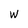
Character: w